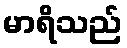
မာရိသည်